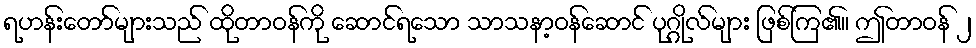
ရဟန်းတော်များသည် ထိုတာဝန်ကို ဆောင်ရသော သာသနာ့ဝန်ဆောင် ပုဂ္ဂိုလ်များ ဖြစ်ကြ၏။ ဤတာဝန် ၂